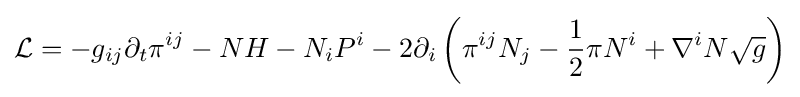
{\mathcal {L}}=-g_{ij}\partial _{t}\pi ^{ij}-NH-N_{i}P^{i}-2\partial _{i}\left(\pi ^{ij}N_{j}-{\frac {1}{2}}\pi N^{i}+\nabla ^{i}N{\sqrt {g}}\right)